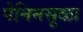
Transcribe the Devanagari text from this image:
पेनिनसूळा